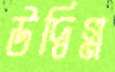
উদ্বিগ্ন